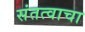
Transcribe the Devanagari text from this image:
संतत्वाचा